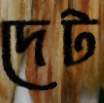
দেট